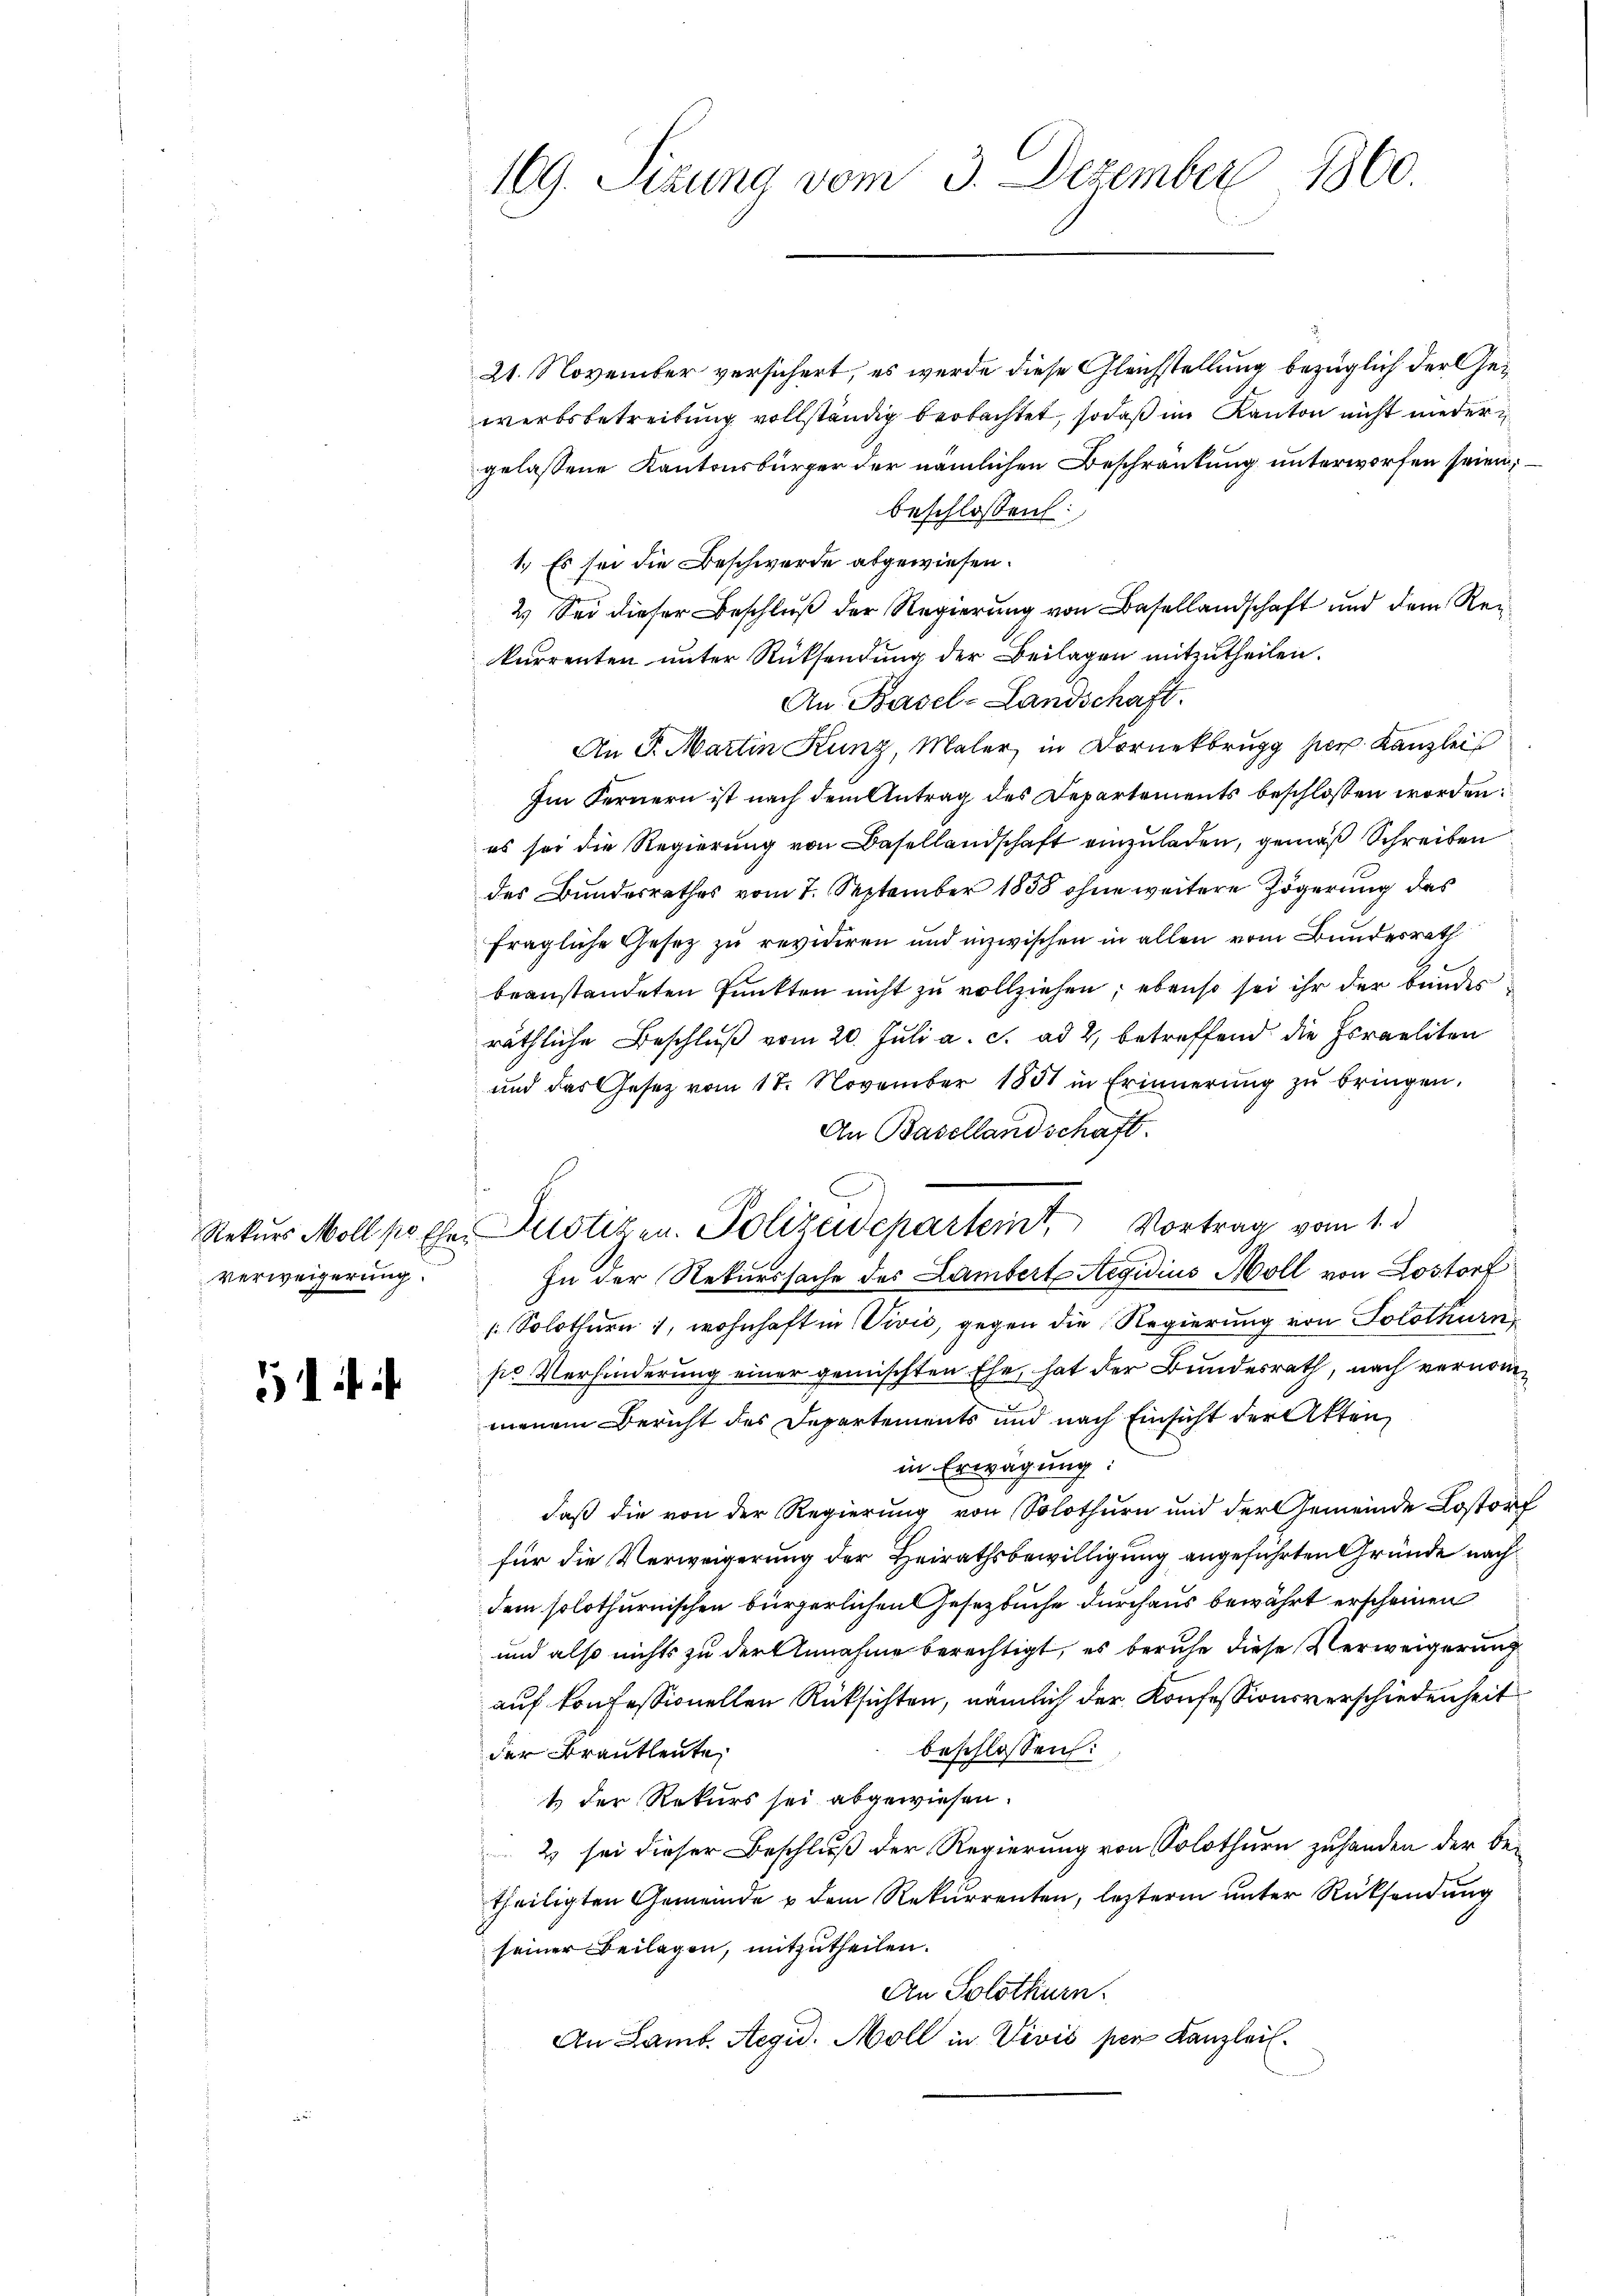
Verweigerung.

51 i

169. Sizung vom 3. Dezember 1860.

21. November versichert, es werde diese Gleichstellung bezüglich der Gewerbsbetreitung vollständig beobachtet, sodaß im Kanton nicht nieder
gelassene Kantonsbürger der nämlichen Beschränkung unterworfen seien;
beschlossen:
1.) Es sei die Beschwerde abgewiesen.
2.) Sei dieser Beschluß der Regierung von Basellandschaft und dem Rekurrenten unter Rücksendung der Beilagen mitzutheilen.
An Basel-Landschaft.
An Fr. Martin Kunz, Maler in Dornekbrugg per. Kanzlei
Im Fernern ist nach dem Antrag des Departements beschlossen worden.
es sei die Regierung von Basellandschaft einzuladen, gemäß Schreiben
des Bundesrathes vom 7. September 1858 ohne weitere Zögerung des
fragliche Gesez zu revidiren und inzwischen in allen vom Bundesrath
beanstandeten Punkten nicht zu vollziehen; ebenso sei ihr der Bunder
räthliche Beschluß vom 20. Juli a. c. ad 2, betreffend die Israeliten
und das Gesetz vom 18. November 1851 in Erinnerung zu bringen,
An Basellandschaft.
In der Rekurssache des Lambert Regidius Moll von Lostorf
 Solothurn 1, wohnhaft in Vivić, gegen die Regierung von Solothurn,
so Verhinderung einer gemischten Ehe, hat der Bundesrath, nach vernommenem Bericht des Departements und nach Einsicht der Akten
in Erwägung:
daß die von der Regierung von Solothurn und der Gemeinde Lostorf
für die Verweigerung der Heirathsbewilligung angeführten Gründe nach
dem solothurnischen bürgerlichen Gesetzbuche durchaus bewährt erscheinen
und also nichts zu der Annahme berechtigt, es beruhe diese Verweigerung
auf konfessionellen Rüksichten, nämlich der Konfessionsverschiedenheit
beschlossen:
der Brautleute
1 der Rekurs sei abgewiesen.
2) sei dieser Beschluß der Regierung von Solothurn zuhanden der betheiligten Gemeinde u dem Rekurrenten, lezterm unter Rücksendung
seiner Beilagen, mitzutheilen.
An Solothurn.
An Lamb. Aegid. Moll in Vivis per Kanzlei.

Rekurs Moll pr Ehe. Dnotizen. Polizeidepartemt. Vortrag vom 1. d.